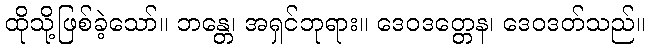
ထိုသို့ဖြစ်ခဲ့သော်။ ဘန္တေ၊ အရှင်ဘုရား။ ဒေဝဒတ္တေန၊ ဒေဝဒတ်သည်။